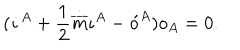
LaTeX: ( \dot { \iota } ^ { A } + \frac { 1 } { 2 } \dot { \overline { { { m } } } } \iota ^ { A } - \acute { o } ^ { A } ) o _ { A } = 0 .